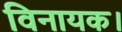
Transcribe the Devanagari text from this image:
विनायक।